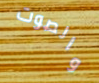
والصوت